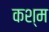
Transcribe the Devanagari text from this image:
कश्म